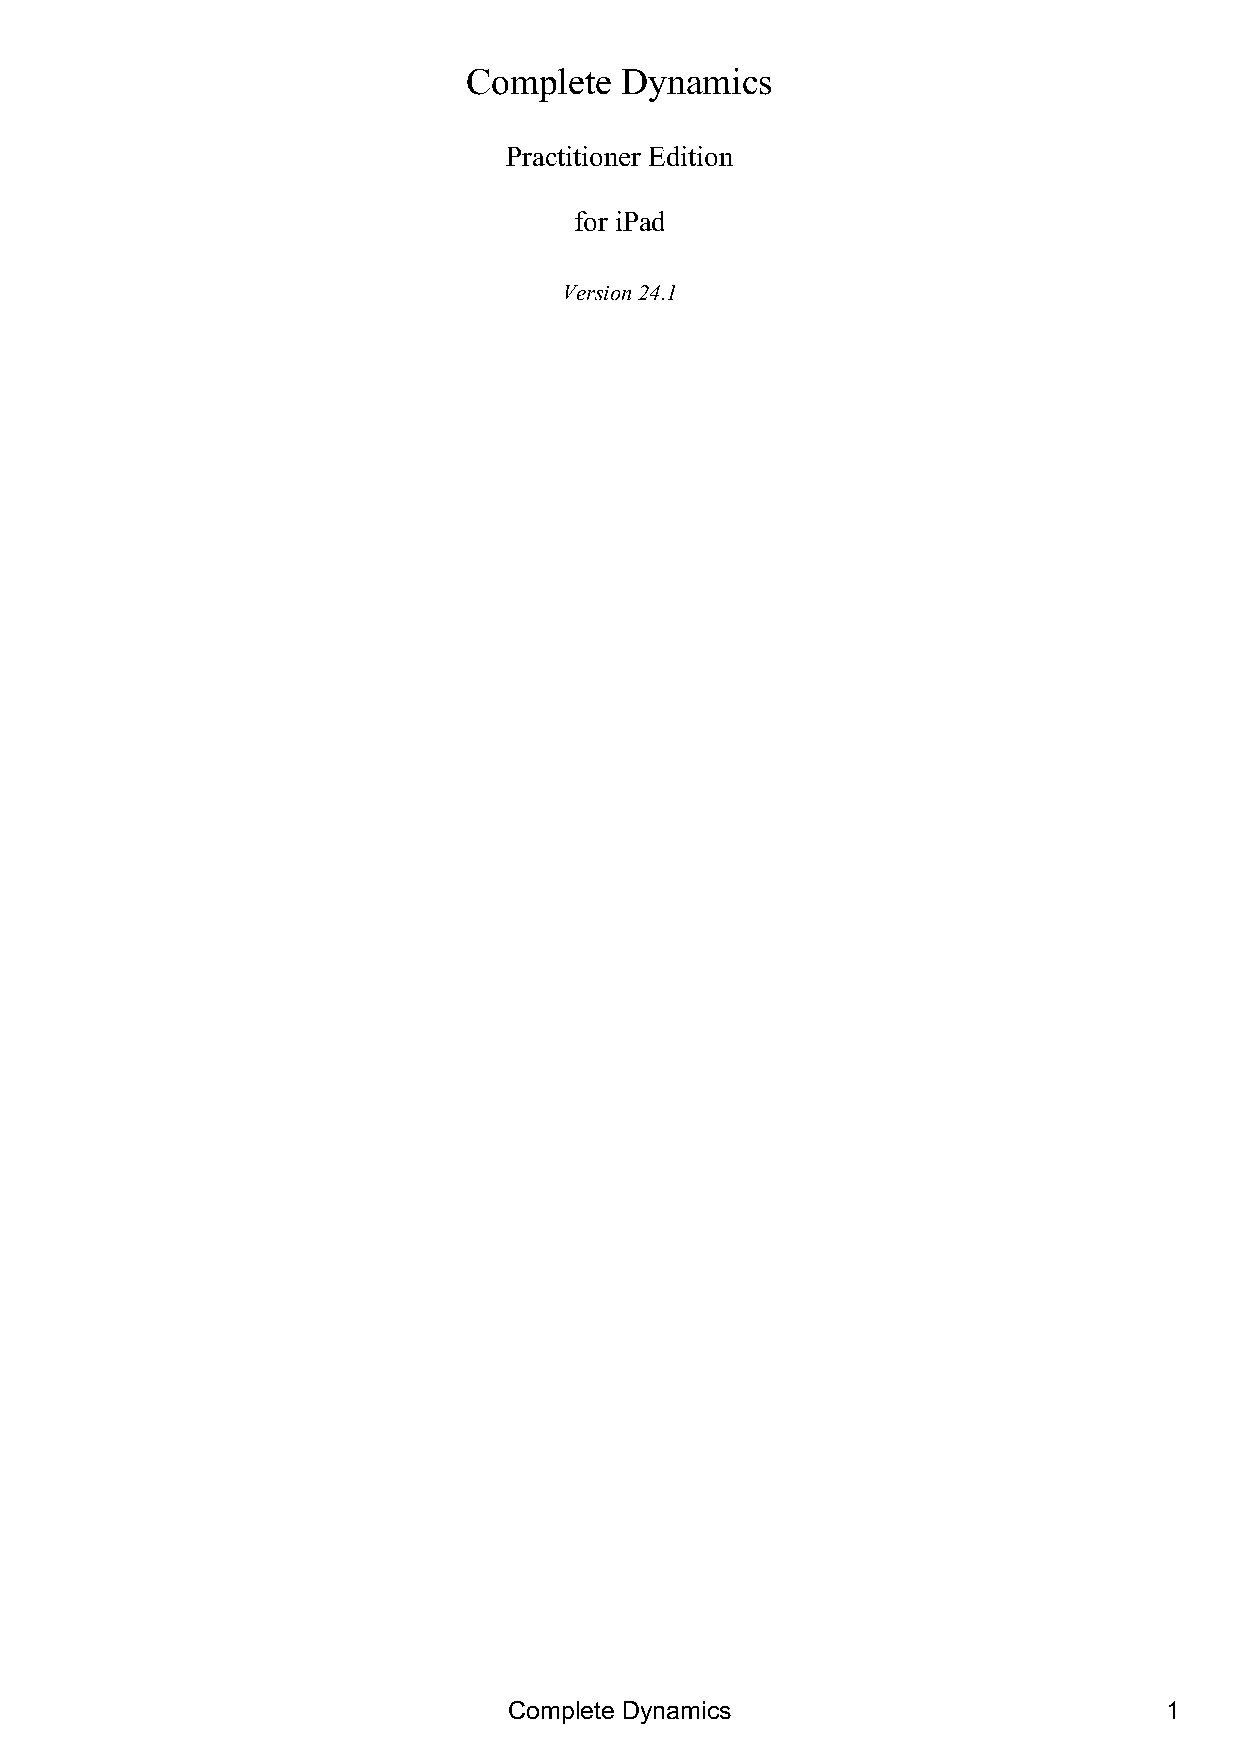
Complete  Dynamics
 Practitioner Edition
 for iPad
 Version 24.1
 Complete Dynamics                          1